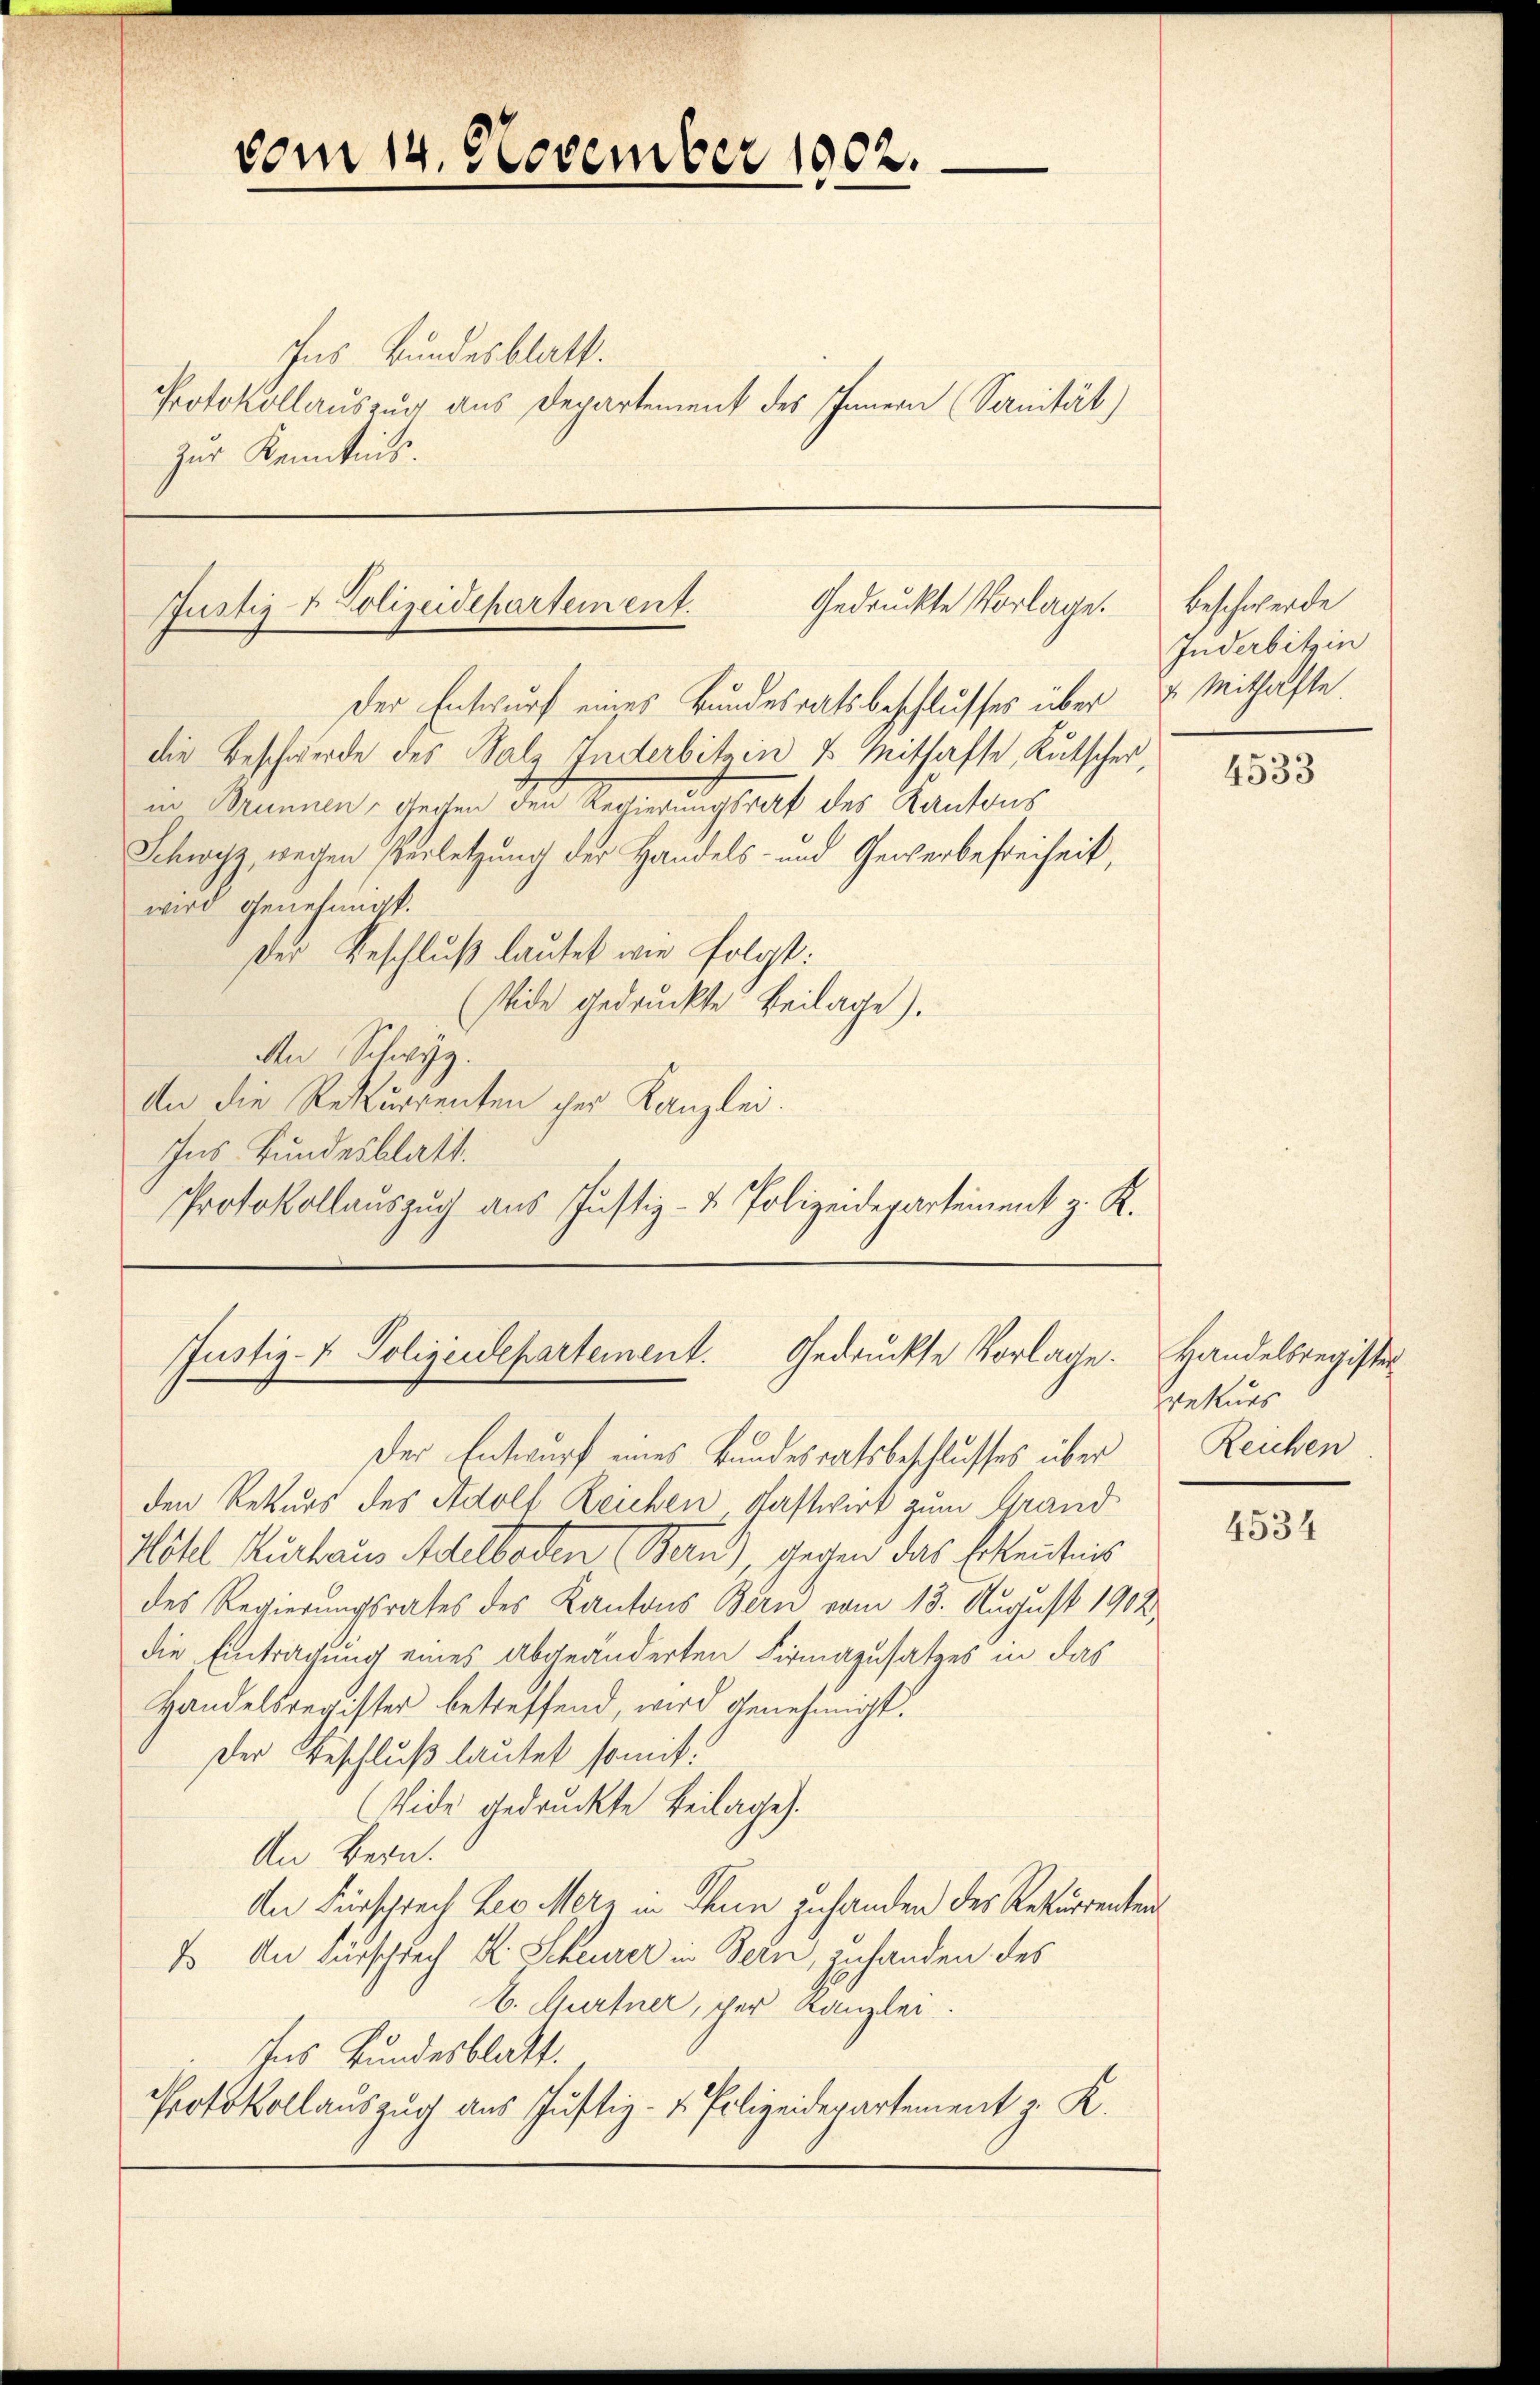
Ins Bundesblatt.
Protokollauszug aus Departement des Innern (Sanität)
zur Kenntnis.

Gedruckte Vorlage.
Justiz- & Polizeidepartement.

Justiz- & Polizeidepartement. Gedruckte Vorlage.

vom 14. November 1002.

Der Entwurf eines Bundesratsbeschlusses über
die Beschwerde des Salz Inderbitain & Mithafte, Kutscher,
in Mannen, gechen der Regierungsrat der Kantons
Schwyz, wegen Verletzung der Handels- und Gewerbefreiheit,
wird genehmigt.
Der Beschluß lautet wie folgt:
Wide gedruckte Beilage).
An Schwyz.
An die Rekurrenten ihre Kanzlei.
Ins Bundesblatt.
Protokollauszug aus Justiz- & Polizeidepartement z. K.

Der Entwurf eines Bundesratsbeschlusses über
den Rekurs des Adolf Reichen Gastwirt zum Grand
Höhl Kurhaus Adelboden Bern), gegen das Erkenntnis
des Regierungsrates des Kantons Bern vom 13. August 1912.
die Eintragung eines abgeänderten Firmazusatzes in das
Handelsregister betreffend, wird genehmigt.
Der Beschluß lautet somit
(Vide gedruckte Beilages.
An Bern.
An Fürsprech Leo Merz in Thun zuhanden der Rekurrenten
E An Fürschrech K. Scheurer in Sein, zuhanden des
b. Gurtner, her Kanzlei.
Ins Bundesblatt.
Protokollauszug aus Justiz- u. Polizeidepartement z. K.

Beschwerde
Inderbitzin
4 Mithafte

4533

Handelsregister
ekurs
Reichen

4534